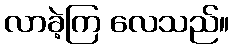
လာခဲ့ကြ လေသည်။